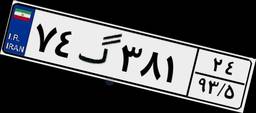
۷۴گ۳۸۱۲۴